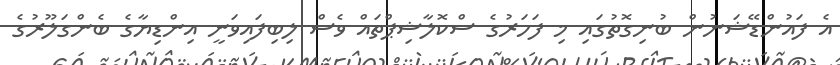
އެ ފައުންޑޭޝަނުން ބުނިގޮތުގައި މި ފަހަރުގެ ސްކޮލާޝިޕްތައް ވެސް ލިބިފައިވަނީ އިންޑިޔާގެ ބެންގަލޫރުގެ